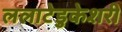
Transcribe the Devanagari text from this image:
ललाटेडुकेशरी